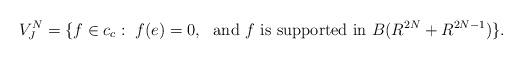
LaTeX: \begin{align*}V_J^N = \{f \in c_c: \ f(e) = 0, \ \ \mathrm{and} \ f \ \mathrm{is \ supported \ in} \ B( R^{2N} + R^{2N-1}) \} .\end{align*}